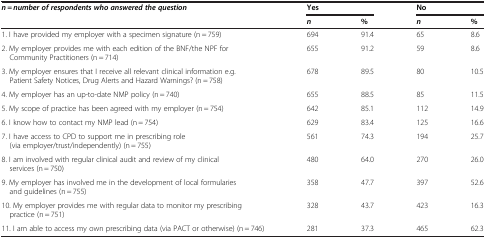
| <ROWSPAN=2> n = number of respondents who answered the question | <COLSPAN=2> Yes | <COLSPAN=2> No |
 | n | % | n | % |
 | --- | --- | --- | --- | --- |
 | 1. I have provided my employer with a specimen signature (n = 759) | 694 | 91.4 | 65 | 8.6 |
 | 2. My employer provides me with each edition of the BNF/the NPF forCommunity Practitioners (n = 714) | 655 | 91.2 | 59 | 8.6 |
 | 3. My employer ensures that I receive all relevant clinical information e.g.Patient Safety Notices, Drug Alerts and Hazard Warnings? (n = 758) | 678 | 89.5 | 80 | 10.5 |
 | 4. My employer has an up-to-date NMP policy (n = 740) | 655 | 88.5 | 85 | 11.5 |
 | 5. My scope of practice has been agreed with my employer (n = 754) | 642 | 85.1 | 112 | 14.9 |
 | 6. I know how to contact my NMP lead (n = 754) | 629 | 83.4 | 125 | 16.6 |
 | 7. I have access to CPD to support me in prescribing role(via employer/trust/independently) (n = 755) | 561 | 74.3 | 194 | 25.7 |
 | 8. I am involved with regular clinical audit and review of my clinicalservices (n = 750) | 480 | 64.0 | 270 | 26.0 |
 | 9. My employer has involved me in the development of local formulariesand guidelines (n = 755) | 358 | 47.7 | 397 | 52.6 |
 | 10. My employer provides me with regular data to monitor my prescribingpractice (n = 751) | 328 | 43.7 | 423 | 16.3 |
 | 11. I am able to access my own prescribing data (via PACT or otherwise) (n = 746) | 281 | 37.3 | 465 | 62.3 |